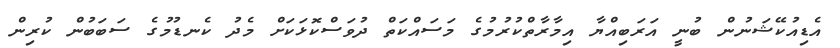
އެޑިއުކޭޝަނުން ބުނީ އަރަބިއްޔާ އިމާރާތްކުރުމުގެ މަސައްކަތް ދުވަސްކޮޅަކަށް މެދު ކެނޑުމުގެ ސަބަބުން ކުރިން